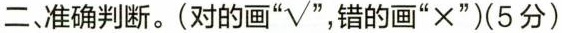
二、准确判断。(对的画“√ ”， 错的画“×”) (5分)